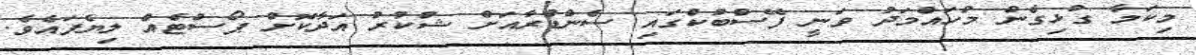
މިކަމާ ގުޅިގެން މުހައްމަދު ވަނީ ފޭސްބުކްގައި ސެންޑްރާއަށް ޝުކުރު އަދާކޮށް ޕޯސްޓެއް ލިޔެފައެވެ.